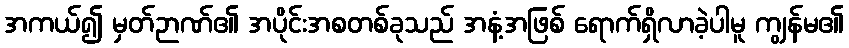
အကယ်၍ မှတ်ဉာဏ်၏ အပိုင်းအစတစ်ခုသည် အနံ့အဖြစ် ရောက်ရှိလာခဲ့ပါမူ ကျွန်မ၏